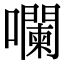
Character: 㘓